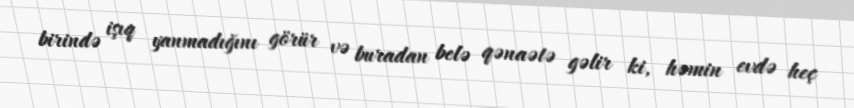
birində işıq yanmadığını görür və buradan belə qənaətə gəlir ki, həmin evdə heç